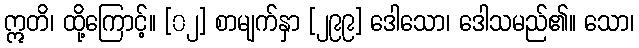
ဣတိ၊ ထို့ကြောင့်။ [၀၂] စာမျက်နှာ [၂၉၉] ဒေါသော၊ ဒေါသမည်၏။ သော၊